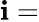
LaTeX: \mathbf{i}=